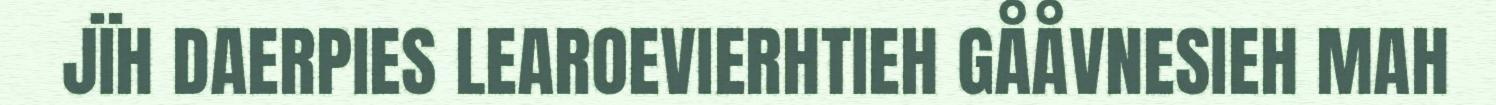
JÏH DAERPIES LEAROEVIERHTIEH GÅÅVNESIEH MAH